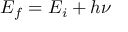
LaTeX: E _ { f } = E _ { i } + h \nu